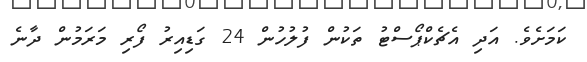
ކަމަށެވެ. އަދި އެޗެކްޕޯސްޓު ތަކުން ފުލުހުން 24 ގަޑިއިރު ފޯރި މަރަމުން ދާނެ